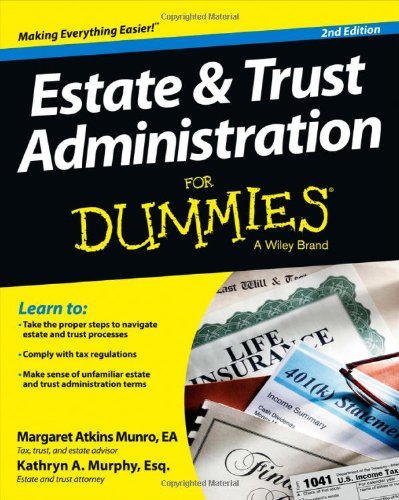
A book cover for Estate and Trust Administration For Dummies; Margaret Atkins Munro; Law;